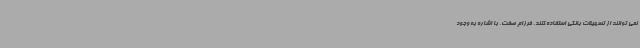
نمی توانند از تسهیلات بانکی استفاده کنند. فرزام صفت، با اشاره به وجود